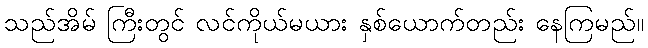
သည်အိမ် ကြီးတွင် လင်ကိုယ်မယား နှစ်ယောက်တည်း နေကြမည်။